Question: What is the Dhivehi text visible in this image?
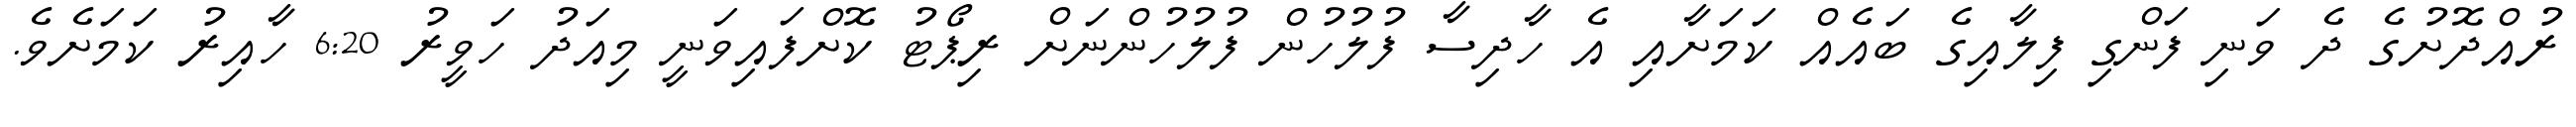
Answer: ރުއްދޮށުގެ ދެ ވަނި ފަންގި ފިލާއިގެ ބައެއް ކަމަށާއި އެ ހާދިސާ ފުލުހުން ފުލުހުންނަށް ރިޕޯޓު ކޮށްފައިވަނީ މިއަދު ހަވީރު 6:20 ހާއިރު ކަމަށެވެ.